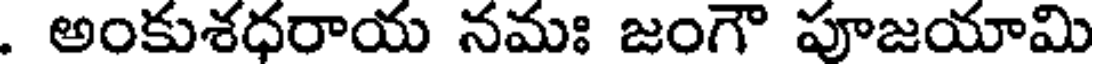
. అంకుశధరాయ నమః జంగౌ పూజయామి